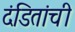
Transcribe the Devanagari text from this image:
दंडितांची